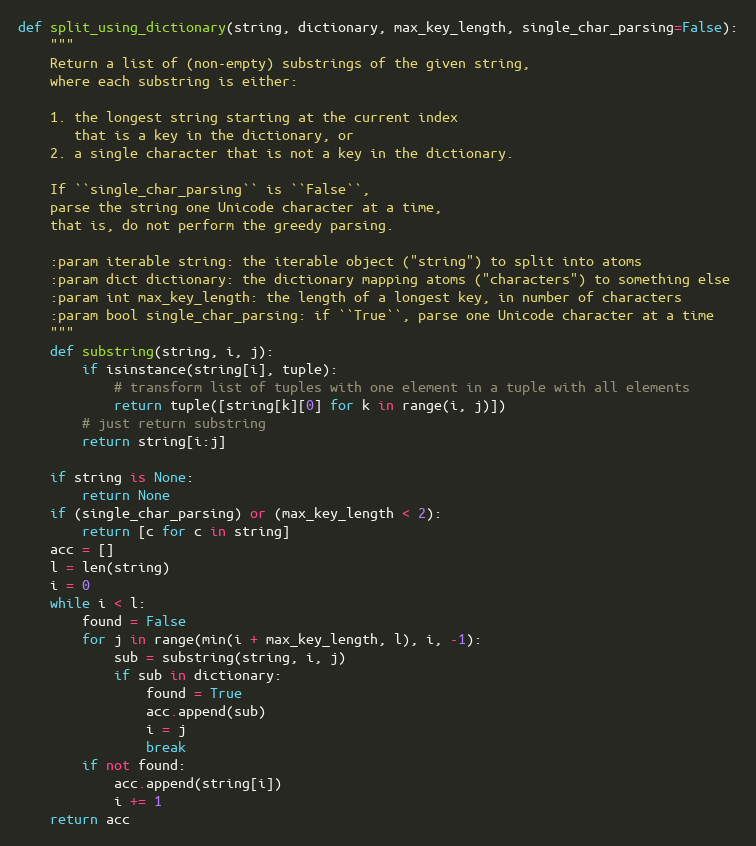
Language: Python
def split_using_dictionary(string, dictionary, max_key_length, single_char_parsing=False):
    """
    Return a list of (non-empty) substrings of the given string,
    where each substring is either:

    1. the longest string starting at the current index
       that is a key in the dictionary, or
    2. a single character that is not a key in the dictionary.

    If ``single_char_parsing`` is ``False``,
    parse the string one Unicode character at a time,
    that is, do not perform the greedy parsing.

    :param iterable string: the iterable object ("string") to split into atoms
    :param dict dictionary: the dictionary mapping atoms ("characters") to something else
    :param int max_key_length: the length of a longest key, in number of characters
    :param bool single_char_parsing: if ``True``, parse one Unicode character at a time
    """
    def substring(string, i, j):
        if isinstance(string[i], tuple):
            # transform list of tuples with one element in a tuple with all elements
            return tuple([string[k][0] for k in range(i, j)])
        # just return substring
        return string[i:j]

    if string is None:
        return None
    if (single_char_parsing) or (max_key_length < 2):
        return [c for c in string]
    acc = []
    l = len(string)
    i = 0
    while i < l:
        found = False
        for j in range(min(i + max_key_length, l), i, -1):
            sub = substring(string, i, j)
            if sub in dictionary:
                found = True
                acc.append(sub)
                i = j
                break
        if not found:
            acc.append(string[i])
            i += 1
    return acc